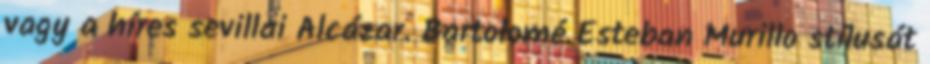
vagy a híres sevillai Alcázar. Bartolomé Esteban Murillo stílusát